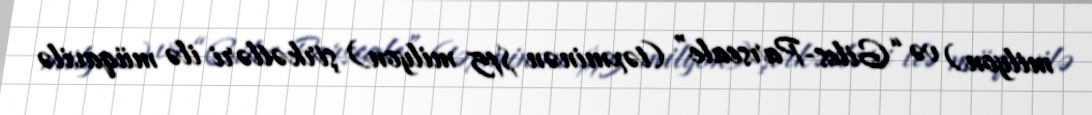
milyon) və “Giles-Parscale” (təxminən $15 milyon) şirkətləri ilə müqavilə